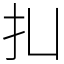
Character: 㧄